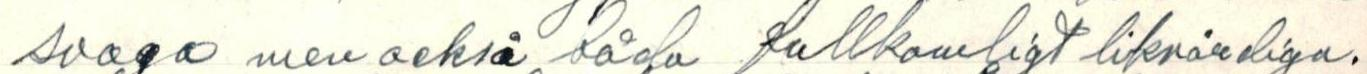
svaga men också båda fullkomligt liknärdiga.